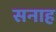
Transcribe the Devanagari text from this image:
सनाह